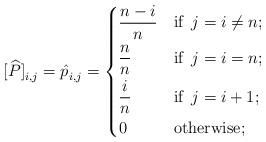
LaTeX: \begin{align*}[\widehat{P}]_{i,j}^{} = \hat{p}_{i,j}^{} = \begin{dcases} \frac{n-i}{n} & \mbox{if }\, j = i \neq n; \\\frac{n}{n} & \mbox{if }\, j = i = n; \\ \frac{i}{n} & \mbox{if }\, j = i + 1; \\ 0 & \mbox{otherwise};\end{dcases}\end{align*}